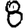
Digit: 8